Civil Veterinary Department Bengal reports 1933-51 - 1933-1951
Year: 1933
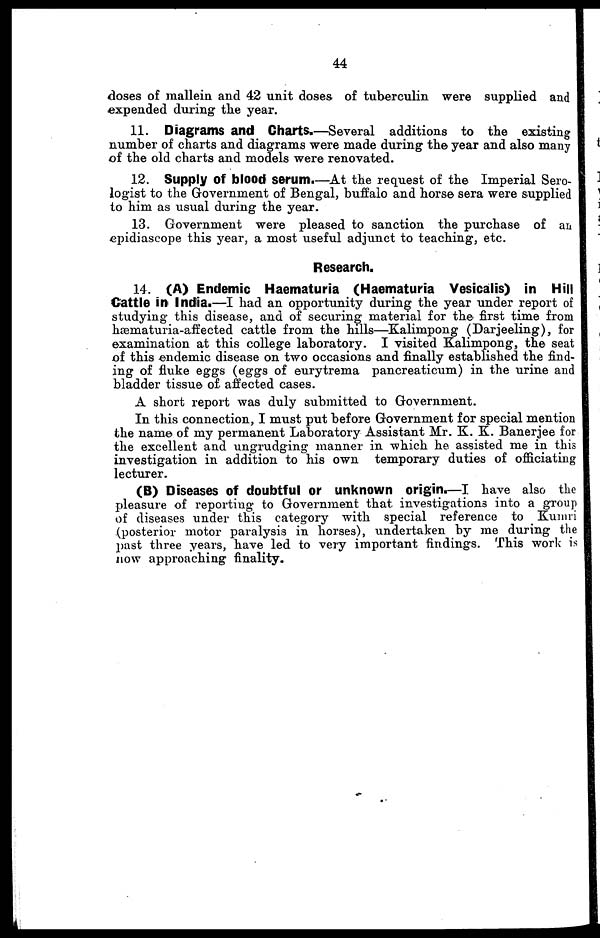
44
doses of mallein and 42 unit doses of tuberculin were supplied and
expended during the year.
11. Diagrams and Charts.—Several additions to the existing
number of charts and diagrams were made during the year and also many
of the old charts and models were renovated.
12. Supply of blood serum.—At the request of the Imperial Sero-
logist to the Government of Bengal, buffalo and horse sera were supplied
to him as usual during the year.
13. Government were pleased to sanction the purchase of an
epidiascope this year, a most useful adjunct to teaching, etc.
Research.
14. (A) Endemic Haematuria (Haematuria Vesicalis) in Hill
Cattle in India.—I had an opportunity during the year under report of
studying this disease, and of securing material for the first time from
hæmaturia-affected cattle from the hills—Kalimpong (Darjeeling), for
examination at this college laboratory. I visited Kalimpong, the seat
of this endemic disease on two occasions and finally established the find-
ing of fluke eggs (eggs of eurytrema pancreaticum) in the urine and
bladder tissue of affected cases.
A short report was duly submitted to Government.
In this connection, I must put before Government for special mention
the name of my permanent Laboratory Assistant Mr. K. K. Banerjee for
the excellent and ungrudging manner in which he assisted me in this
investigation in addition to his own temporary duties of officiating
lecturer.
(B) Diseases of doubtful or unknown origin.—I have also the
pleasure of reporting to Government that investigations into a group
of diseases under this category with special reference to Kumri
(posterior motor paralysis in horses), undertaken by me during the
past three years, have led to very important findings. This work is
now approaching finality.